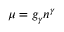
\mu = g _ { \gamma } n ^ { \gamma }